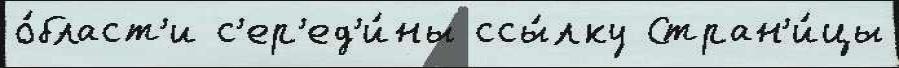
о́бласт'и с'ер'ед'и́ны ссы́лку Стран'и́цы